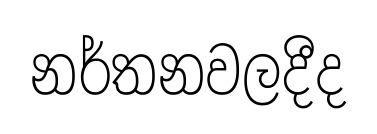
නර්තනවලදීද